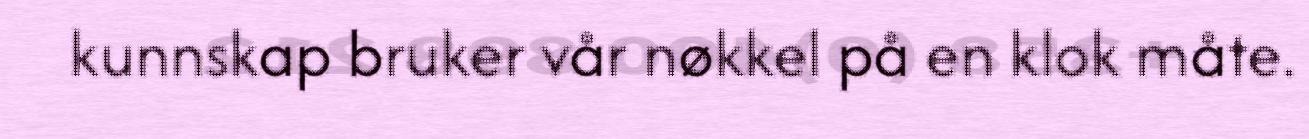
kunnskap bruker vår nøkkel på en klok måte.